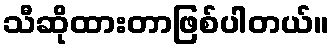
သီဆိုထားတာဖြစ်ပါတယ်။